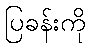
ပြခန်းကို